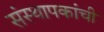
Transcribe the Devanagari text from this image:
संस्थापकांची